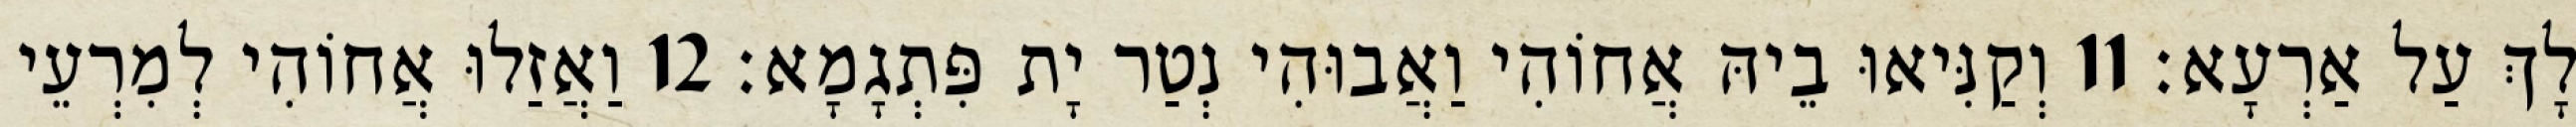
לָךְ עַל אַרְעָא׃ 11 וְקַנִּיאוּ בֵיהּ אֲחוֹהִי וַאֲבוּהִי נְטַר יָת פִּתְגָמָא׃ 12 וַאֲזַלוּ אֲחוֹהִי לְמִרְעֵי